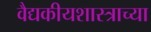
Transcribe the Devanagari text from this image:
वैद्यकीयशास्त्राच्या